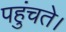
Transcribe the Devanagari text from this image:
पहुंचते।